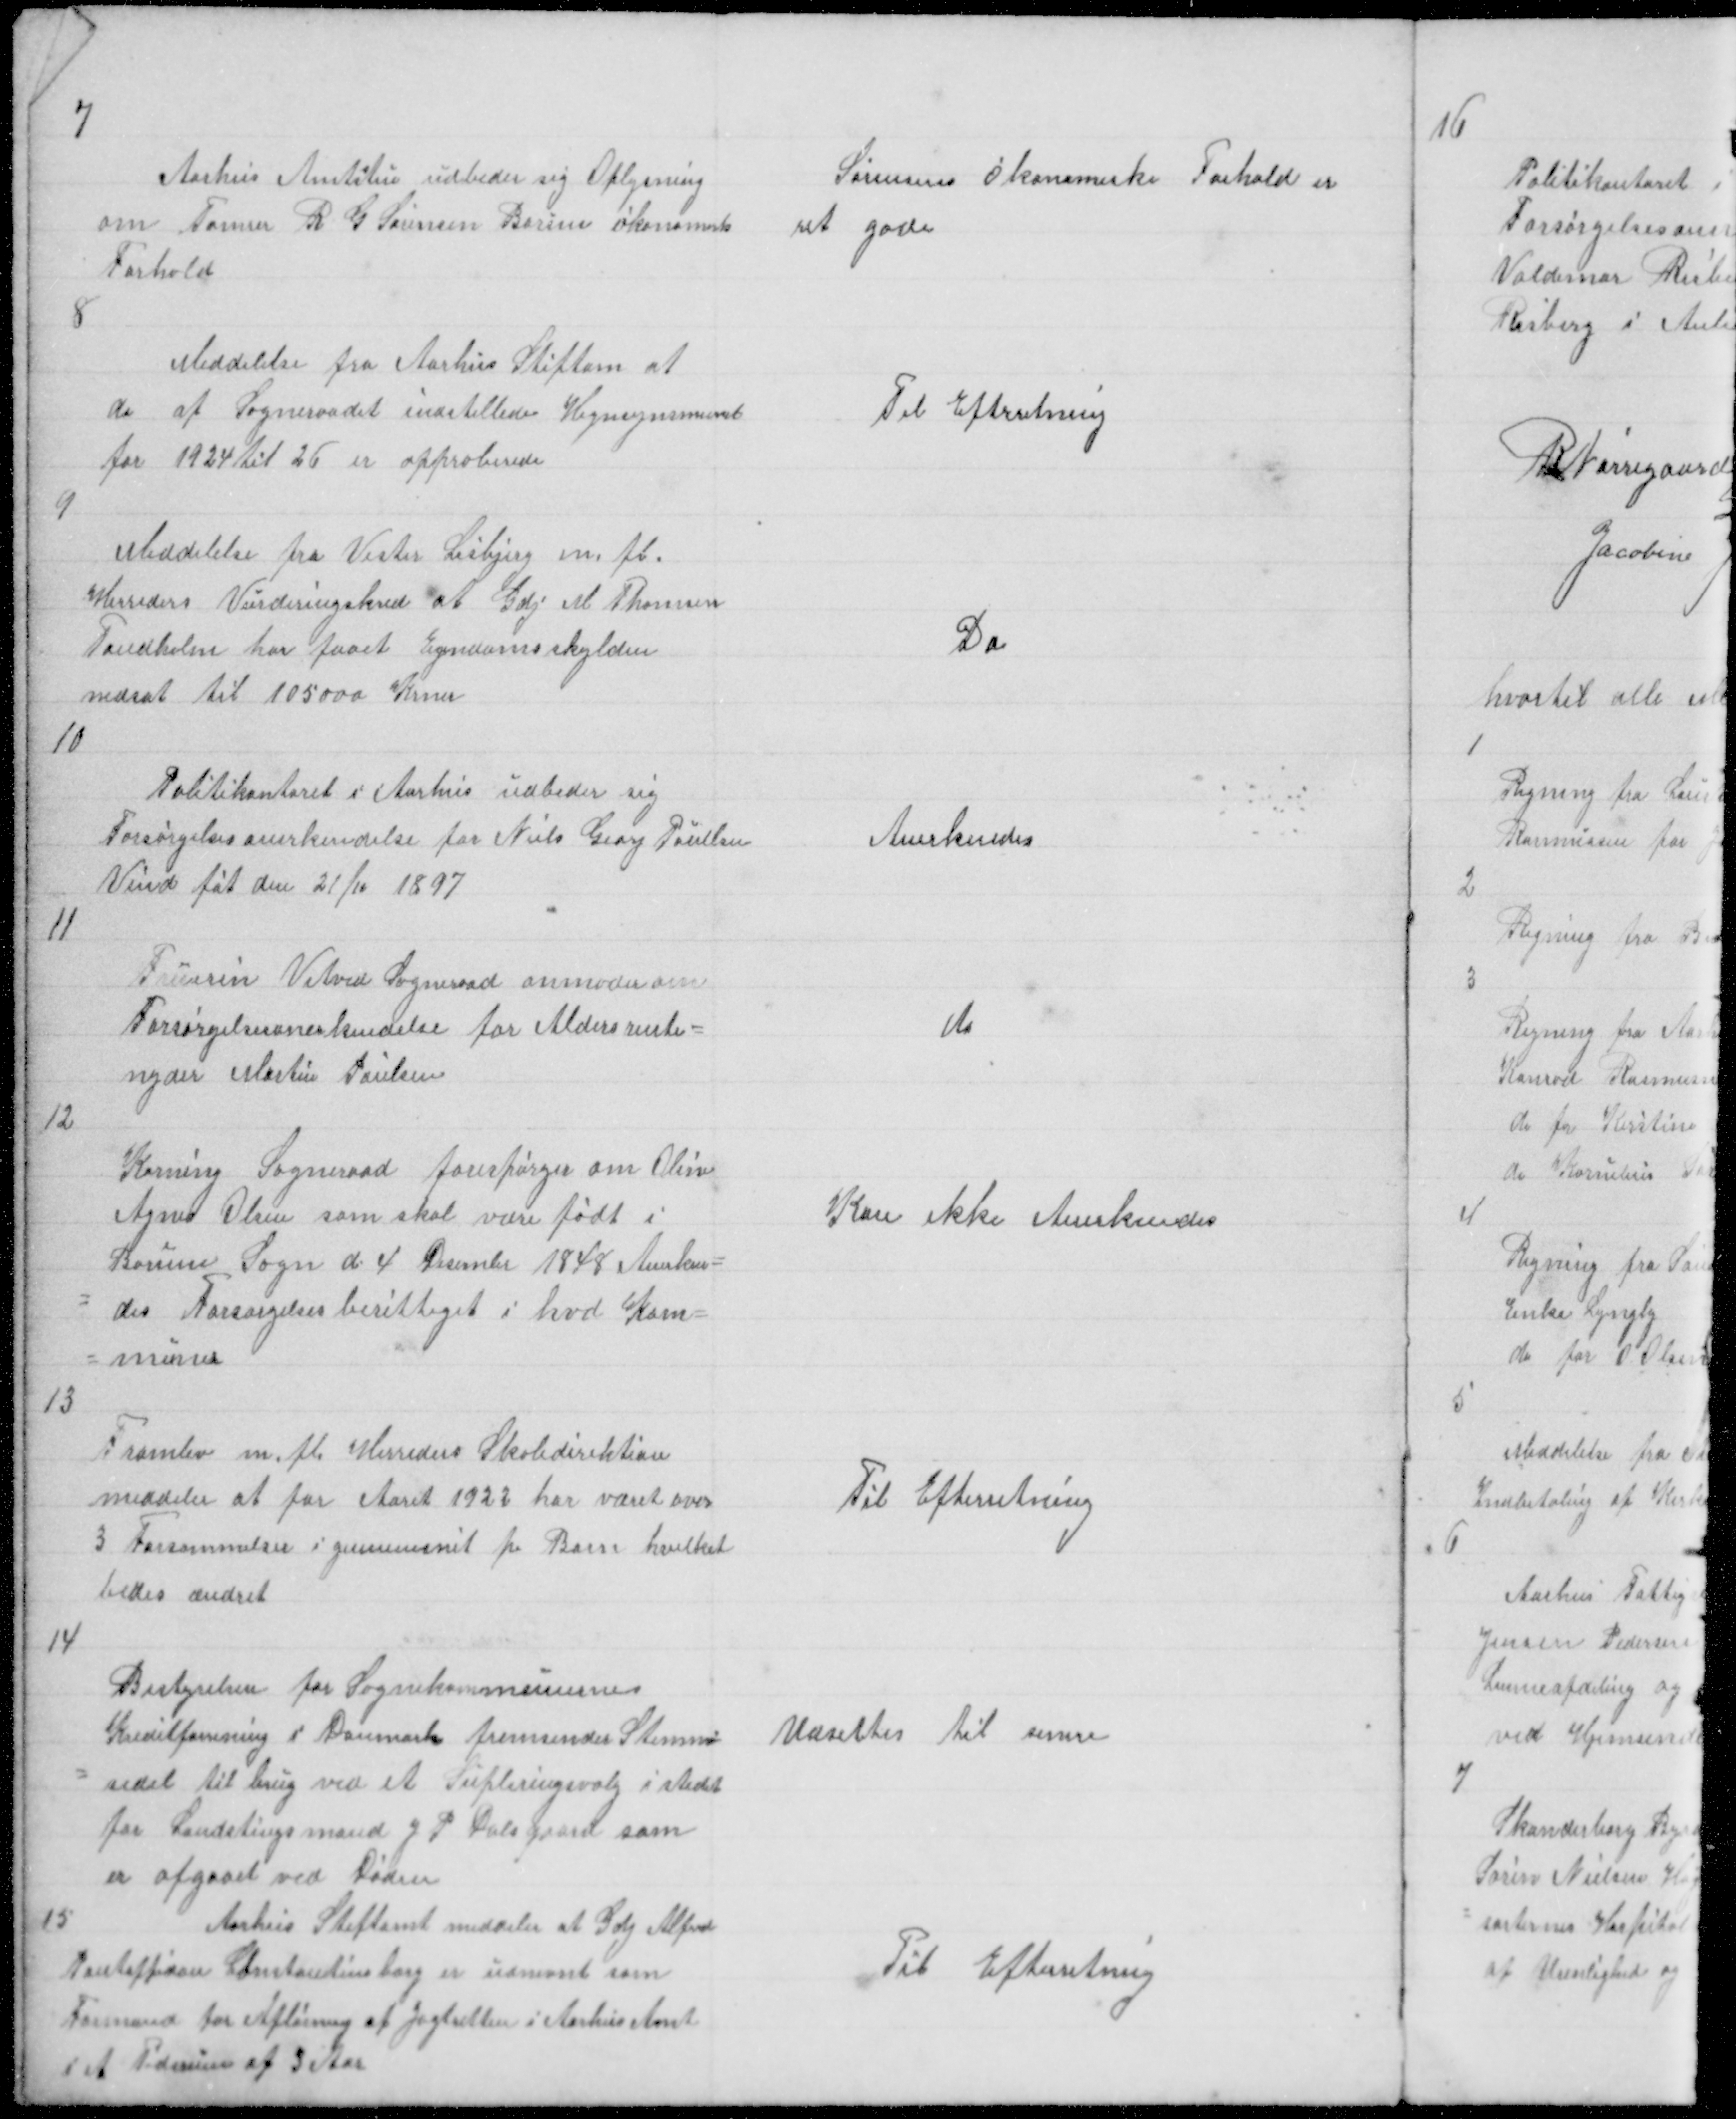
Transskription:
7

Aarhus Amtstue udbeder sig Oplysning
om Tømrer R G Sørensen Borum økonomisk
Forhold

Sørensens økonomiske Forhold er
ret gode

8

Meddelelse fra Aarhus Stiftam at
de af Sogneraadet Indstillede Hegnsynsmænd
for 1924 til 26 er approberede

Til Eftrretning

9

Meddelelse fra Vester Lisbjerg m. fl.
Herreders Vurderingskred at Gdj M Thomsen
Tandholm har faaet Ejendomsskylden
nedsat til 105000 Krner

Do

10

Politikontoret i Aarhus udbeder sig
Forsørgelsesanerkendelse for Niels Georg Poulsen
Vind føt den 21/11 1897

Anerkendes

11

Fruerin Vitved Sogneraad anmoder om
Forsørgelsesanerkendelse for Aldersrente=
nyder Martin Poulsen

do

12

Korning Sogneraad forespørger om Oline
Agnes Olsen som skal være født i
Borum Sogn d. 4 Desembr 1848 Anerken=
= des Forsørgelsesberittiget i hvd Kom=
= mune

Kan ikke Anerkendes

13

Framlev m. fl. Herreders Skoledirektion
meddeler at for Aaret 1922 har været over
3 Forsømmelser i gennemsnit pr Barn hvilket
bedes ændret

Til Efterretning

14
Bestyrelsen for Sognekommunernes
Kreditforening i Danmark fremsender Stemm
= sedel til brug ved et Supleringsvalg i stedet
for Landstingsmand J P Dalsgaard som
er afgaaet ved Døden

Udsettes til senere

15
Aarhus Stiftamt meddeler at Gdj Alfred
Pontoppidan Constantinsborg er udnævnt som
Formand for Aflønning af Jagtretten i Aarhus Amt
i et Tidsrum af 3 Aar

Til Efterretning